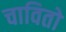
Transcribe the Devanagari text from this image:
चावितो